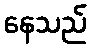
နေသည်